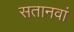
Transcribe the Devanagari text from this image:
सतानवां